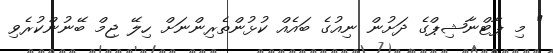
" މި ޕާޓްނާޝިޕްގެ ދަށުން ނިއުގެ ބައެއް ކުޅުންތެރިންނަށް ހިލޭ ޖިމް ބޭނުންކުރެވި